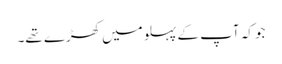
جو کہ آپ کے پہلو میں کھڑے تھے۔